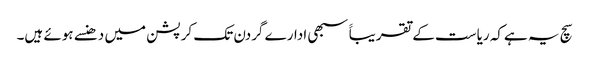
سچ یہ ہےکہ ریاست کے تقریباََ سبھی ادارے گردن تک کرپشن میں دھنسے ہوئے ہیں۔